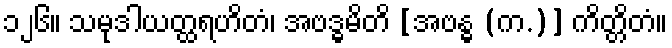
၁၂၆။ သမုဒါယတ္ထရဟိတံ၊ အဗဒ္ဓမိတိ [အဗန္ဓ (က.)] ကိတ္တိတံ။